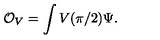
\mathcal { O } _ { V } = \int V ( \pi / 2 ) \Psi .